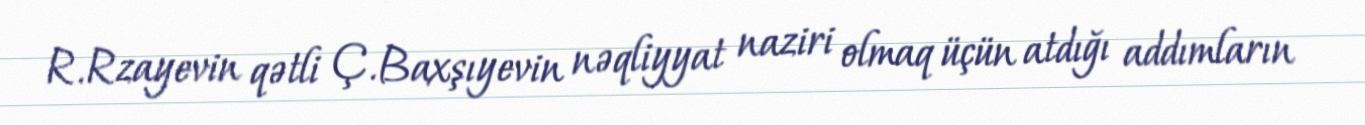
R.Rzayevin qətli Ç.Baxşıyevin nəqliyyat naziri olmaq üçün atdığı addımların